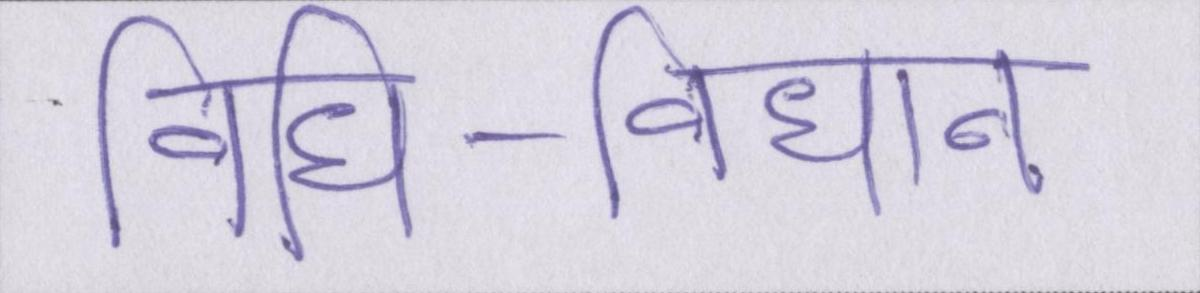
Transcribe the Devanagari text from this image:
विधि-विधान